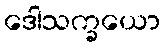
ဒေါသက္ခယော